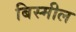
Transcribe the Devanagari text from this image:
बिस्मील